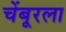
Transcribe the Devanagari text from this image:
चेंबूरला